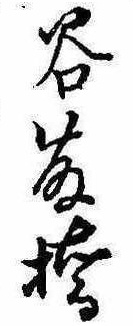
谷藤橋